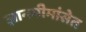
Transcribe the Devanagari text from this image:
ज्ञानमीमांसेत